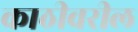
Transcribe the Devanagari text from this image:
काठीवरील